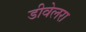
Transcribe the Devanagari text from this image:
डीवेलरा